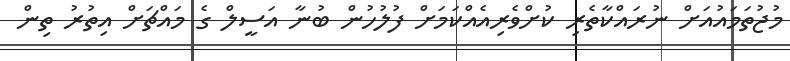
މުޖުތަމައުއަށް ނުރައްކާތެރި ކުށްވެރިއެއްކަމަށް ފުލުހުން ބުނާ އަސީލް ގެ މައްޗަށް އިތުރު ތިން